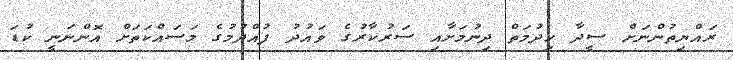
ރައްޔިތުންނަށް ސީދާ ހިދުމަތް ދިނުމަށާއި ސަރުކާރުގެ ވައުދު ފުއްދުމުގެ މަސައްކަތަށް އޮންނަނީ ކުޑަ